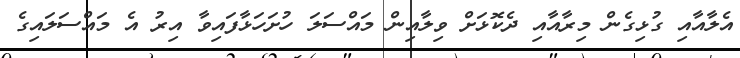
އެލާއާއި ގުޅިގެން މިރާއާއި ދެކޮޅަށް ވިލާއިން މައްސަލަ ހުށަހަޅާފައިވާ އިރު އެ މައްސަލައިގެ